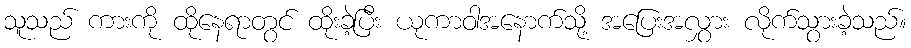
သူသည် ကားကို ထိုနေရာတွင် ထိုးခဲ့ပြီး ယုကာဝါအနောက်သို့ အပြေးအလွှား လိုက်သွားခဲ့သည်။